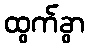
ထွက်ခွာ